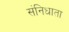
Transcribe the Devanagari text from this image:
संनिधाता